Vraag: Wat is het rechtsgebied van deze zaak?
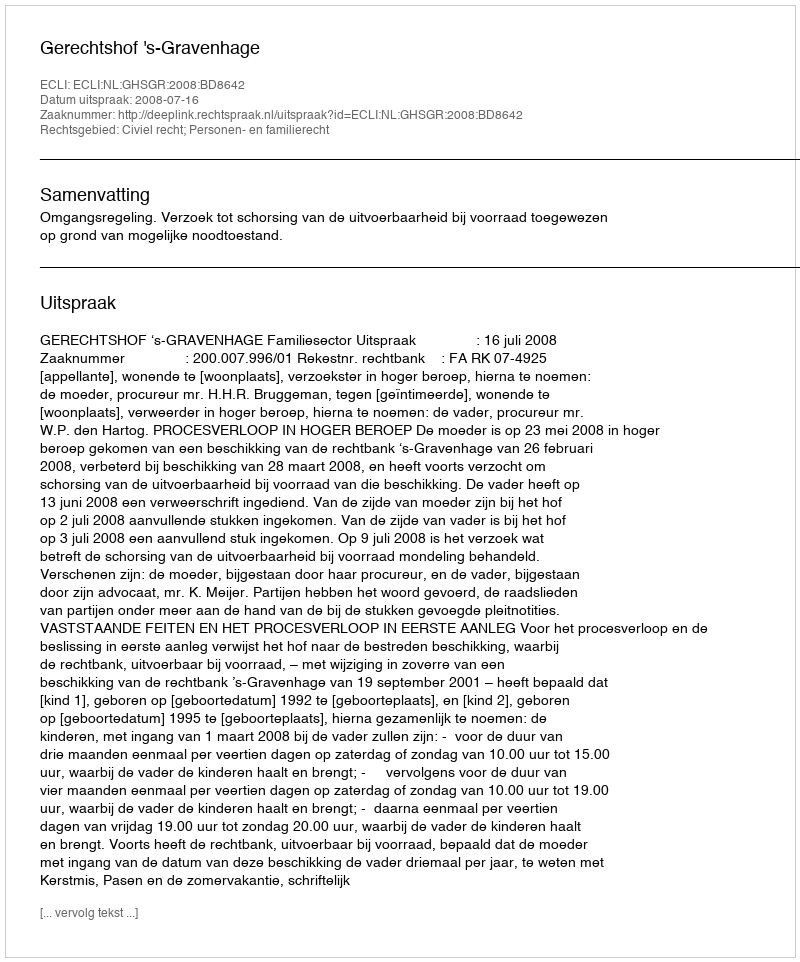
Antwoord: Civiel recht; Personen- en familierecht